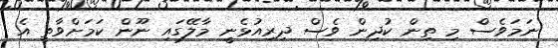
ނަމަވެސް މި ތިން ކުދިން ވެސް ދިރިއުޅެނީ މާލޭގައި ނޫން ކަމަށްވާތީ އެ